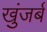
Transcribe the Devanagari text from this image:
खुंजर्ब